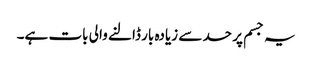
یہ جسم پر حد سے زیادہ بار ڈالنے والی بات ہے۔